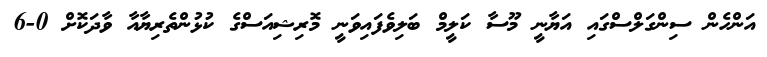
އަންހެން ސިންގަލްސްގައި އަޔާނީ މޫސާ ކަލީމް ބަލިވެފައިވަނީ މޮރިޝިއަސްގެ ކުޅުންތެރިޔާއާ ވާދަކޮށް 0-6